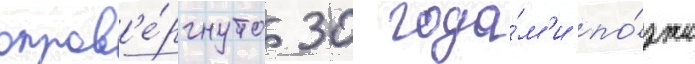
опров'е́ргнуто 30 года́м'и по́зже